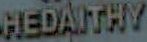
HEDAITHY